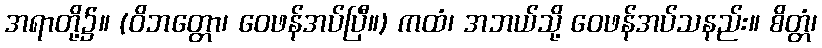
အရာတို့၌။ (ဝိဘတ္တော၊ ဝေဖန်အပ်ပြီ။) ကထံ၊ အဘယ်သို့ ဝေဖန်အပ်သနည်း။ စိတ္တံ၊